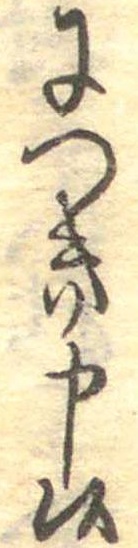
につき申候